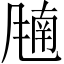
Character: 𬲁